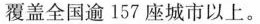
覆盖全国逾157座城市以上。